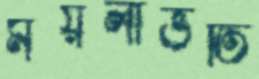
ময়লাভর্তি